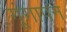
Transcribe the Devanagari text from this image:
गूंगापन